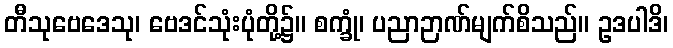
တီသုဗေဒေသု၊ ဗေဒင်သုံးပုံတို့၌။ စက္ခုံ၊ ပညာဉာဏ်မျက်စိသည်။ ဥဒပါဒိ၊